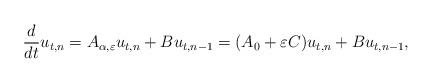
LaTeX: \begin{align*} \frac{d}{dt} u_{t,n} = A_{\alpha, \varepsilon} u_{t,n} + B u_{t,n-1} = (A_0 + \varepsilon C)u_{t,n} + B u_{t,n-1},\end{align*}